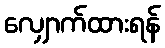
လျှောက်ထားရန်